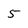
Character: 5